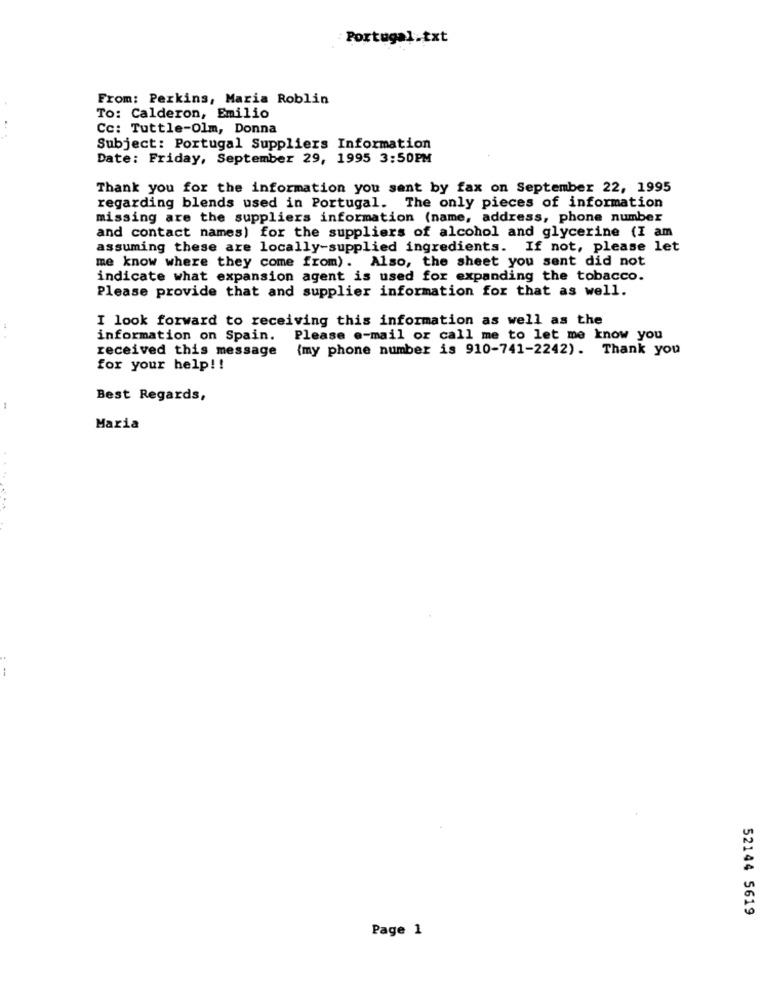
Portugal.txt
From: Perkins, Maria Roblin
To: Calderon, Emilio
..
Cc: Tuttle-Olm, Donna
Subject: Portugal Suppliers Information
Date: Friday, September 29, 1995 3:50PM
Thank you for the information you sent by fax on September 22, 1995
regarding blends used in Portugal. The only pieces of information
missing are the suppliers information (name, address, phone number
and contact names) for the suppliers of alcohol and glycerine (I am
assuming these are locally-supplied ingredients. If not, please let
me know where they come from) . Also, the sheet you sent did not
indicate what expansion agent is used for expanding the tobacco.
Please provide that and supplier information for that as well.
I look forward to receiving this information as well as the
information on Spain. Please e-mail or call me to let me know you
received this message (my phone number is 910-741-2242). Thank you
for your help !!
Best Regards,
Maria
--
52144 5619
Page 1